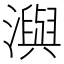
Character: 㵰